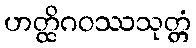
ဟတ္ထိဂဝဿသုတ္တံ